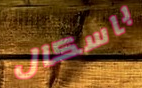
باسكال